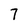
Character: 7